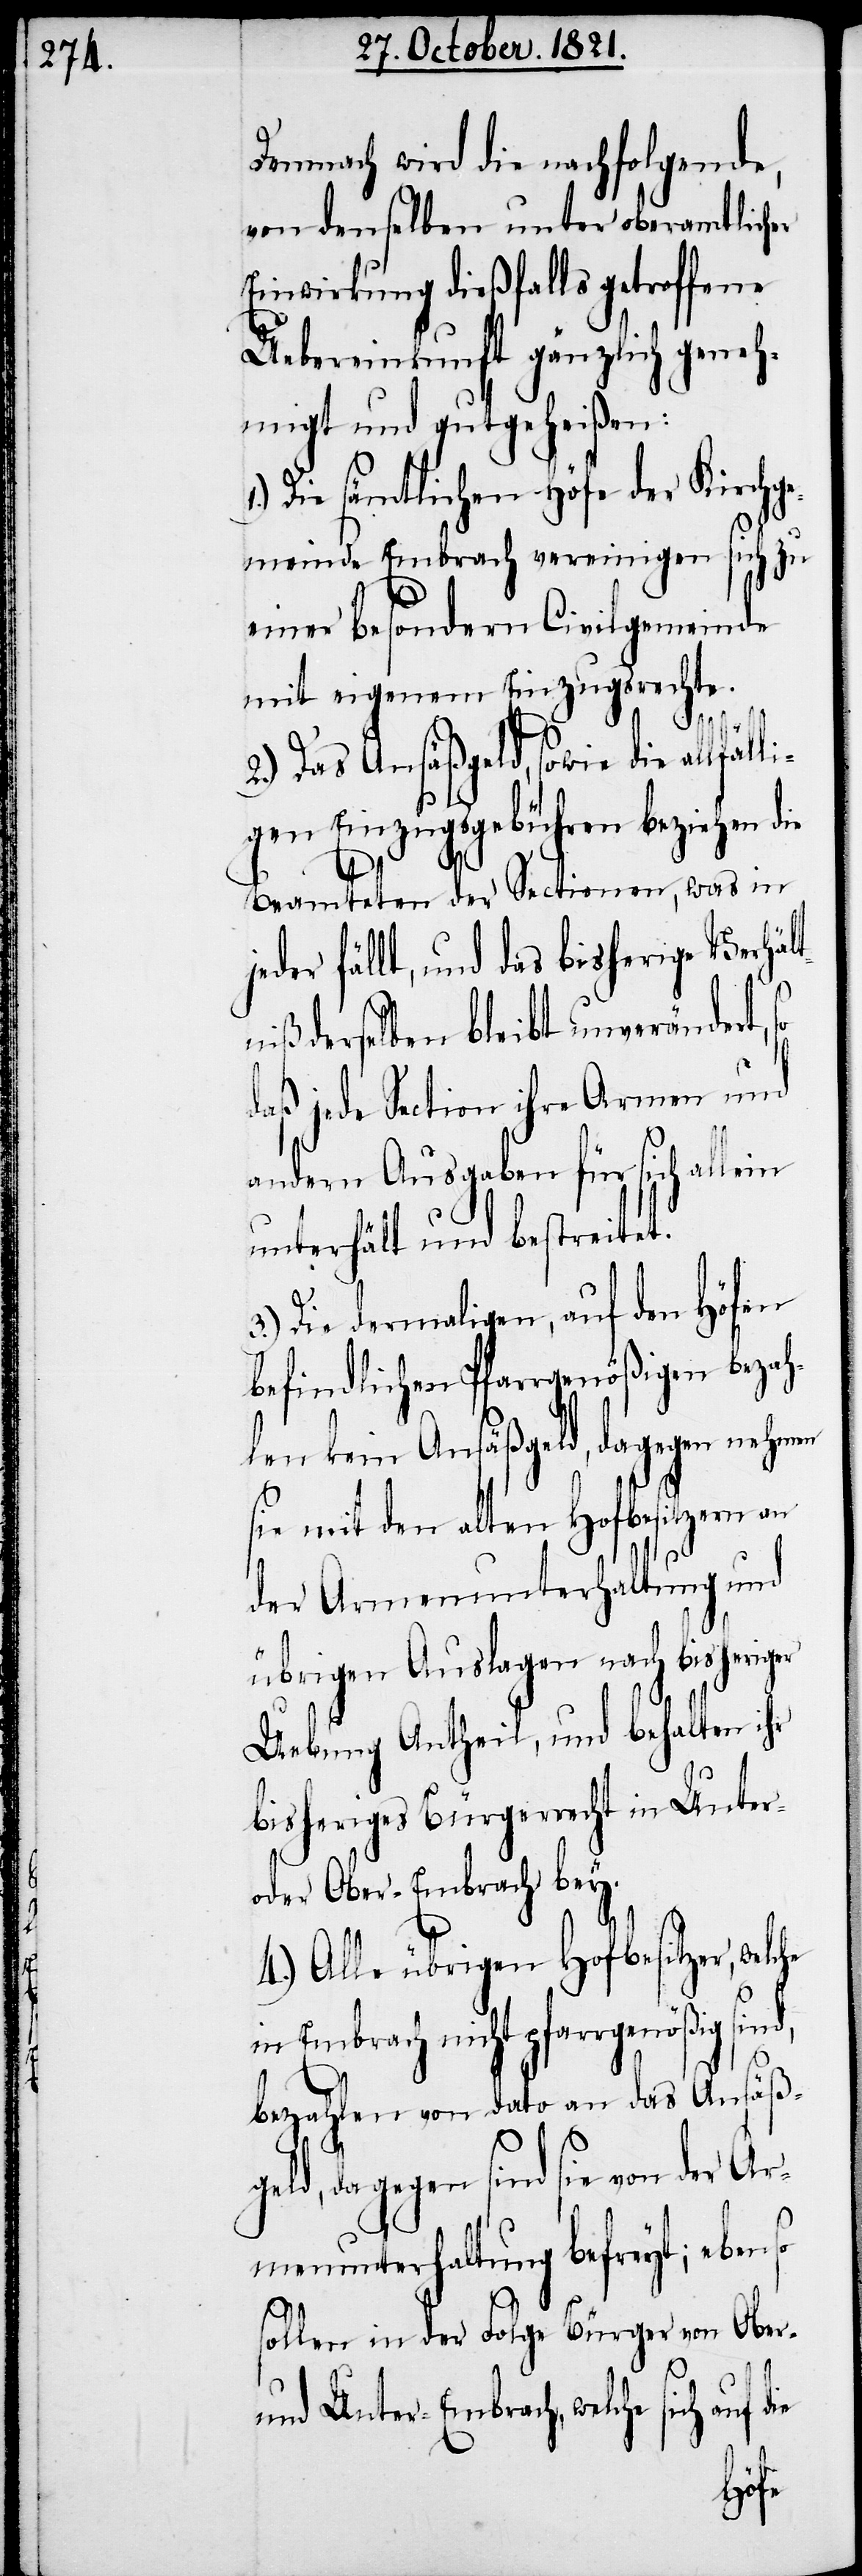
Demnach wird die nachfolgende,
von denselben unter oberamtlicher
Einwirkung dießfalls getroffene
Uebereinkunft gänzlich geneh¬
migt und gutgeheißen:
Die sämtlichen Höfe der Kirchge¬
meinde Embrach vereinigen sich zu
einer besondern Civilgemeinde
mit eigenem Einzugsrechte.
2.) Das Ansäßgeld, sowie die allfä¬
gen Einzugsgebühren beziehen die
Beamteten der Sectionen, was in
fällt, und das bisherige Verhä¬
niß derselben bleibt unverändert,
daß jede Section ihre Armen und
andern Ausgaben für sich allein
unterhält und bestreitet.
3.) Die dermaligen, auf den Höfen
befindlichen Pfarrgenößischen bezah¬
len kein Ansäßgeld, dagegen nehmen
sie mit den alten Hofbesitzern an
der Armenunterhaltung und
übrigen Auslagen nach bisheri¬
Uebung Antheil, und behalten ihr
bisheriges Bürgerrecht in Unter-
oder Ober-Embrach bey.
4.) Alle übrigen Hofbesitzer, wel¬
in Embrach nicht pfarrgenößig
bezahlen von dato an das Ansäß¬
geld, dagegen sind sie von der Ar¬
menunterhaltung befreyt; ebenso
sollen in der Folge Bürger von Ober-
und Unter-Embrach, welche sich auf
che